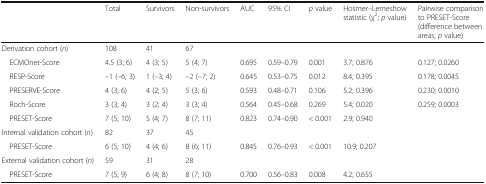
<table><thead><tr><td></td><td><b>Total</b></td><td><b>Survivors</b></td><td><b>Non-survivors</b></td><td><b>AUC</b></td><td><b>95% CI</b></td><td><b><i>p</i> value</b></td><td><b>Hosmer–Lemeshow statistic (χ<sup>2</sup>; <i>p</i> value)</b></td><td><b>Pairwise comparison to PRESET-Score (difference between areas; <i>p</i> value)</b></td></tr></thead><tbody><tr><td>Derivation cohort (<i>n</i>)</td><td>108</td><td>41</td><td>67</td><td></td><td></td><td></td><td></td><td></td></tr><tr><td> ECMOnet-Score</td><td>4.5 (3; 6)</td><td>4 (3; 5)</td><td>5 (4; 7)</td><td>0.695</td><td>0.59–0.79</td><td>0.001</td><td>3.7; 0.876</td><td>0.127; 0.0260</td></tr><tr><td> RESP-Score</td><td>–1 (–6; 3)</td><td>1 (–3; 4)</td><td>–2 (–7; 2)</td><td>0.645</td><td>0.53–0.75</td><td>0.012</td><td>8.4; 0.395</td><td>0.178; 0.0045</td></tr><tr><td> PRESERVE-Score</td><td>4 (3; 6)</td><td>4 (2; 5)</td><td>5 (3; 6)</td><td>0.593</td><td>0.48–0.71</td><td>0.106</td><td>5.2; 0.396</td><td>0.230; 0.0010</td></tr><tr><td> Roch-Score</td><td>3 (3; 4)</td><td>3 (2; 4)</td><td>3 (3; 4)</td><td>0.564</td><td>0.45–0.68</td><td>0.269</td><td>5.4; 0.020</td><td>0.259; 0.0003</td></tr><tr><td> PRESET-Score</td><td>7 (5; 10)</td><td>5 (4; 7)</td><td>8 (7; 11)</td><td>0.823</td><td>0.74–0.90</td><td>&lt; 0.001</td><td>2.9; 0.940</td><td></td></tr><tr><td>Internal validation cohort (<i>n</i>)</td><td>82</td><td>37</td><td>45</td><td></td><td></td><td></td><td></td><td></td></tr><tr><td> PRESET-Score</td><td>6 (5; 10)</td><td>4 (4; 6)</td><td>8 (6; 11)</td><td>0.845</td><td>0.76–0.93</td><td>&lt; 0.001</td><td>10.9; 0.207</td><td></td></tr><tr><td>External validation cohort (<i>n</i>)</td><td>59</td><td>31</td><td>28</td><td></td><td></td><td></td><td></td><td></td></tr><tr><td> PRESET-Score</td><td>7 (5; 9)</td><td>6 (4; 8)</td><td>8 (7; 10)</td><td>0.700</td><td>0.56–0.83</td><td>0.008</td><td>4.2; 0.655</td><td></td></tr></tbody></table>